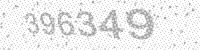
Solution: 396349